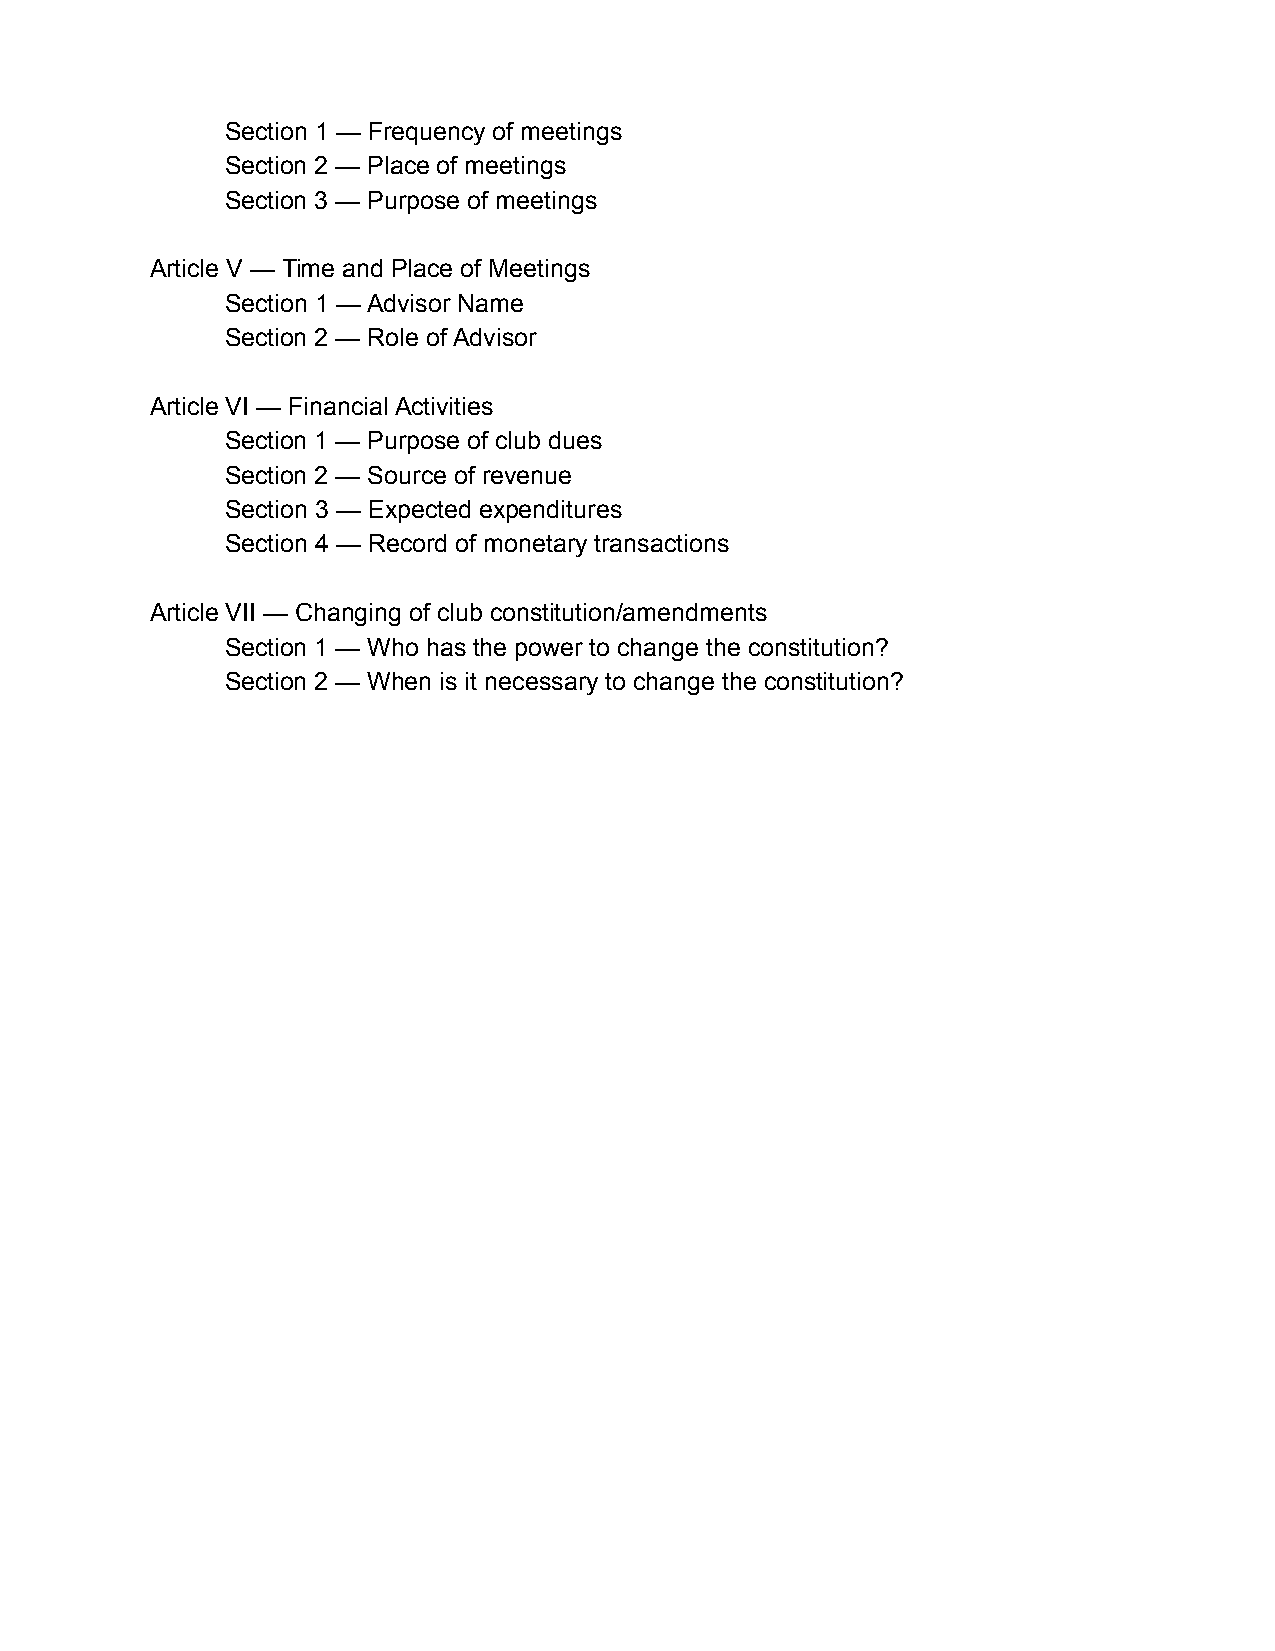
Section 1 — Frequency of meetings
 Section 2 — Place of meetings
 Section 3 — Purpose of meetings
 Article V — Time and Place of Meetings
 Section 1 — Advisor Name
 Section 2 — Role of Advisor
 Article VI — Financial Activities
 Section 1 — Purpose of club dues
 Section 2 — Source of revenue
 Section 3 — Expected expenditures
 Section 4 — Record of monetary transactions
 Article VII — Changing of club constitution/amendments
 Section 1 — Who has the power to change the constitution?
 Section 2 — When is it necessary to change the constitution?